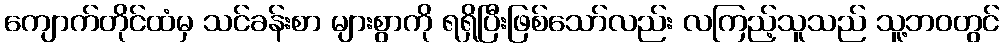
ကျောက်တိုင်ထံမှ သင်ခန်းစာ များစွာကို ရရှိပြီးဖြစ်သော်လည်း လကြည့်သူသည် သူ့ဘဝတွင်